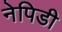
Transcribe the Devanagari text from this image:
नेपिडी